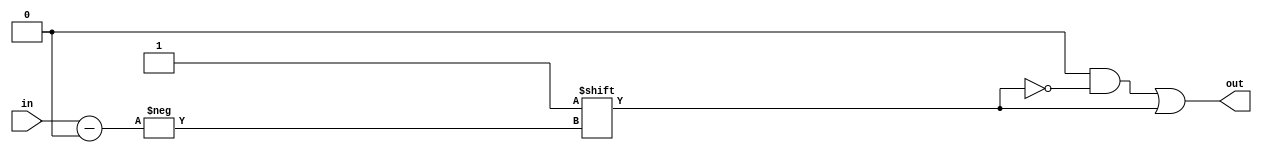
//**************************************************************************
// Generic Verilog Library: Decoders
//--------------------------------------------------------------------------
//

//--------------------------------------------------------------------------
// Decoder
//--------------------------------------------------------------------------

module vcDecoder
#(
  parameter W_IN  = 3, 
  parameter W_OUT = 8
) 
(
  input      [W_IN-1:0]  in, 
  output reg [W_OUT-1:0] out
);   

   always @(*) 
   begin
     out     = {W_OUT{1'b0}};
     out[in] = 1'b1;
   end

endmodule